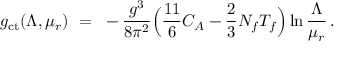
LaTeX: g _ { \mathrm { c t } } ( \Lambda , \mu _ { r } ) ~ = ~ - { \frac { g ^ { 3 } } { 8 \pi ^ { 2 } } } \Big ( { \frac { 1 1 } { 6 } } C _ { A } - { \frac { 2 } { 3 } } N _ { f } T _ { f } \Big ) \ln { \frac { \Lambda } { \mu _ { r } } } \, .